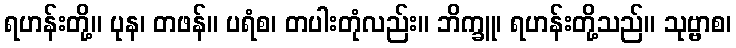
ရဟန်းတို့။ ပုန၊ တဖန်။ ပရံစ၊ တပါးတုံလည်း။ ဘိက္ခူ၊ ရဟန်းတို့သည်။ သုဗ္ဗာစ၊